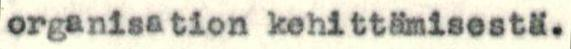
organisation kehittämisestä.